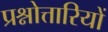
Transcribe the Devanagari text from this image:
प्रश्नोत्तारियों